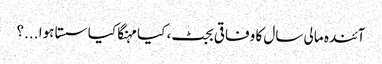
آئندہ مالی سال کا وفاقی بجٹ، کیا مہنگا کیا سستا ہوا ...؟